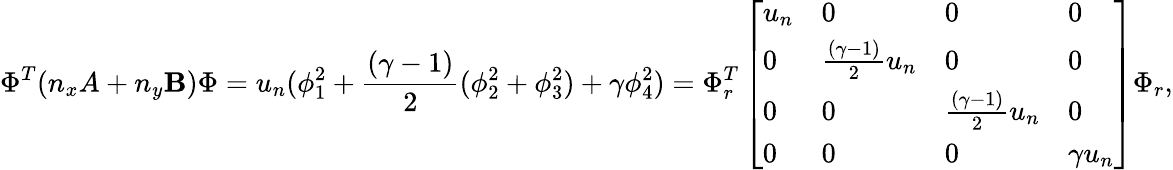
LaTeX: \Phi^{T}(n_{x}A+n_{y}\mathbf{B})\Phi=u_{n}(\phi_{1}^{2}+\frac{{(\gamma-1)}}{{2}}(\phi_{2}^{2}+\phi_{3}^{2})+\gamma\phi_{4}^{2})=\Phi_{r}^{T}\left[\begin{array}{llll}{u_{n}}&{0}&{0}&{0}\\ {0}&{\frac{(\gamma-1)}{2}u_{n}}&{0}&{0}\\ {0}&{0}&{\frac{(\gamma-1)}{2}u_{n}}&{0}\\ {0}&{0}&{0}&{\gamma u_{n}}\end{array}\right]\Phi_{r},